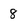
Character: 8